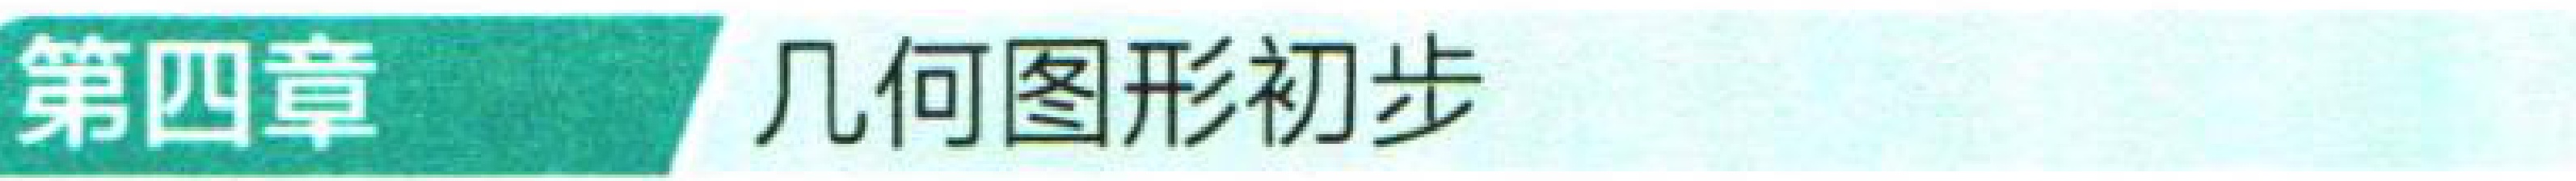
第四章 几何图形初步